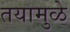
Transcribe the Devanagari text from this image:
तयामुळे